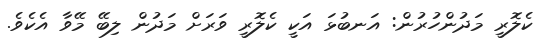
ކެލޮރީ މަދުންހުރުން: އަނބުޅަ އަކީ ކެލޮރީ ވަރަށް މަދުން ލިބޭ މޭވާ އެކެވެ.